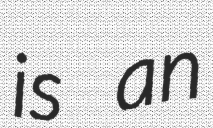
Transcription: is an